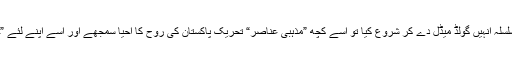
اور پاکستان کی تحریک میں شامل گمنام کارکنوں کی عزت افزائی کا سلسلہ انہیں گولڈ میڈل دے کر شروع کیا تو اسے کچھ ”مذہبی عناصر“ تحریکِ پاکستان کی رُوح کا احیا سمجھے اور اسے اپنے لئے ”خطرے کی گھنٹی“ سمجھ کر اس پر طرح طرح کے نام تھوپنے لگے!